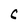
Character: C